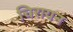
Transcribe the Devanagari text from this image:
चिरायन